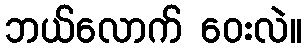
ဘယ်လောက် ဝေးလဲ။